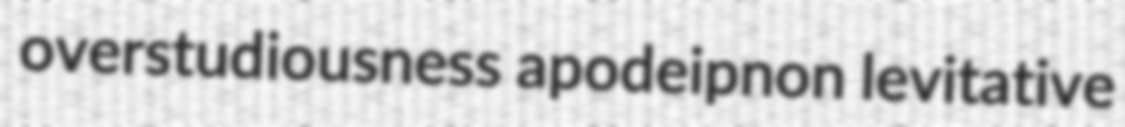
overstudiousness apodeipnon levitative